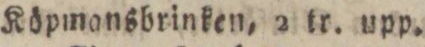
Köpmansbrinken, 2 tr. upp.